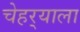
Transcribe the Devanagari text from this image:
चेहर्‍याला